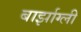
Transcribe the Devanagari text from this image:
बार्झाग्ली